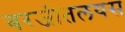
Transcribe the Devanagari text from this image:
बरजीतलयस